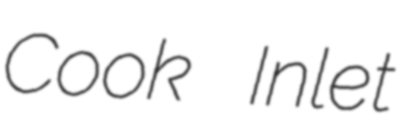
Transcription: Cook Inlet